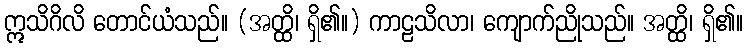
ဣသိဂိလိ တောင်ယံသည်။ (အတ္ထိ၊ ရှိ၏။) ကာဠသိလာ၊ ကျောက်ညိုသည်။ အတ္ထိ၊ ရှိ၏။